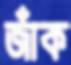
জাঁক